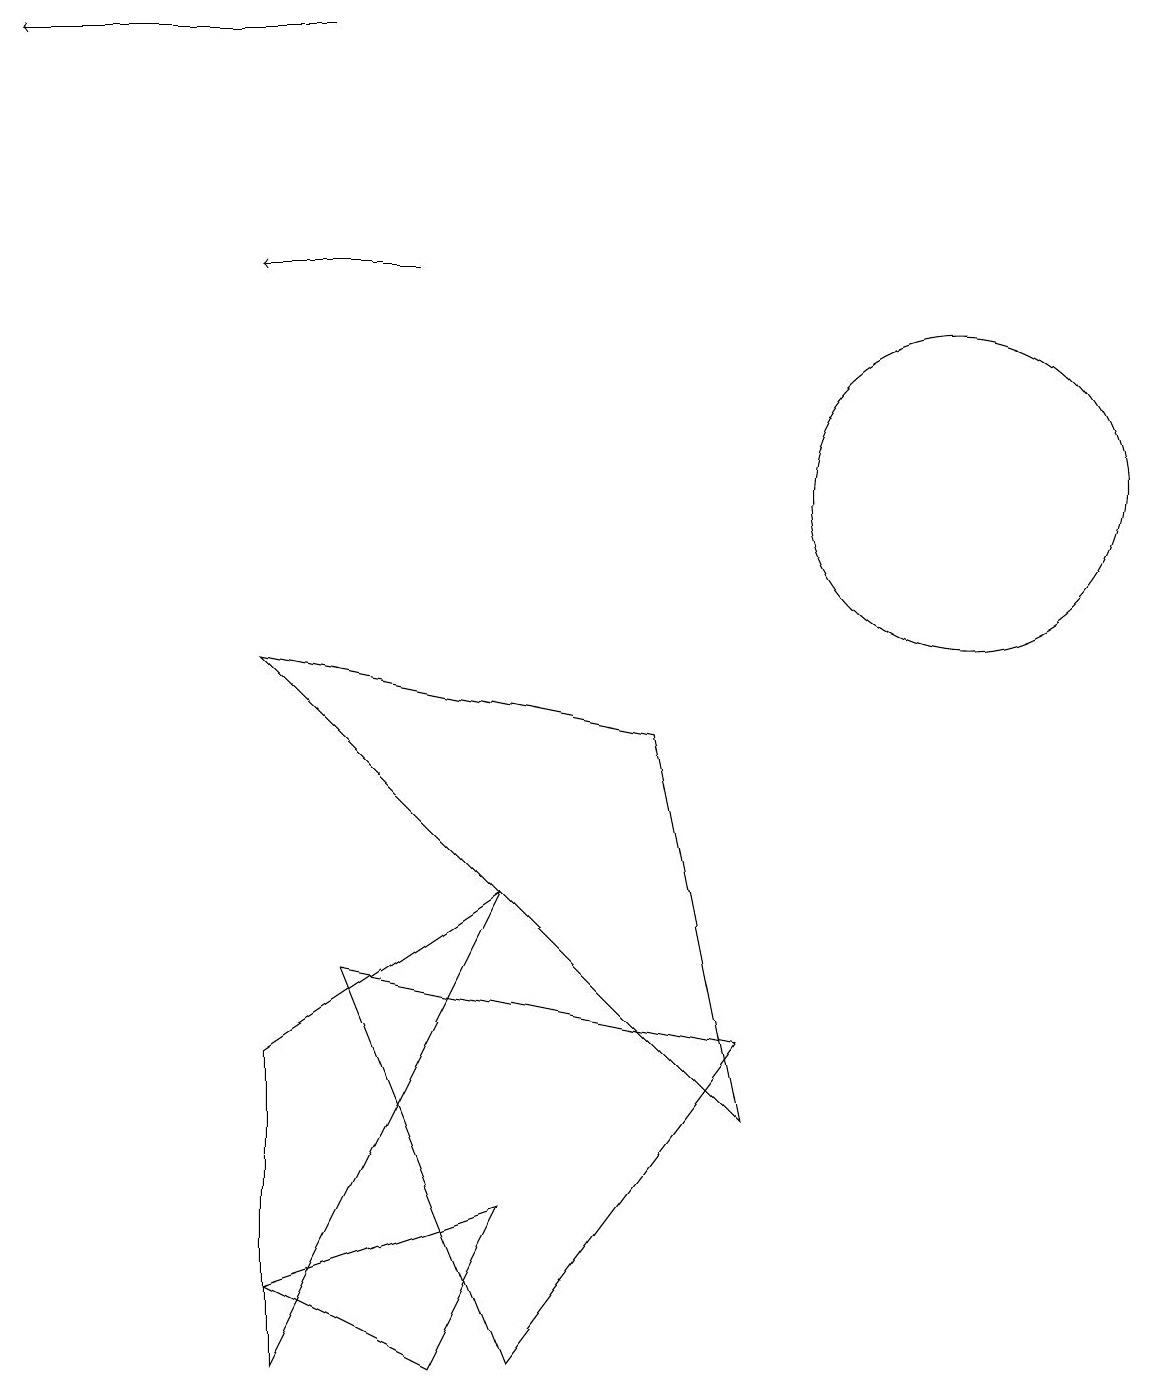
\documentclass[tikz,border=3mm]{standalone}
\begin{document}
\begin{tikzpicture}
\draw[->] (5,14) -- (3,14);
\draw[->] (4,17) -- (0,17);
\draw (3,0) -- (6,6) -- (3,4) -- cycle;
\draw (6,0) -- (4,5) -- (9,4) -- cycle;
\draw (12,11) circle (2);
\draw (3,1) -- (6,2) -- (5,0) -- cycle;
\draw (3,9) -- (8,8) -- (9,3) -- cycle;
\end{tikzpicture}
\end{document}